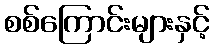
စစ်ကြောင်းများနှင့်